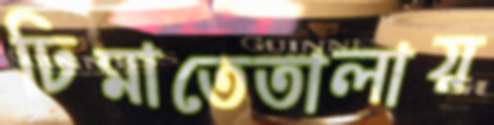
ঢিমাতেতালায়